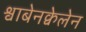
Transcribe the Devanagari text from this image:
श्वाबेनक्वेलेन